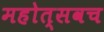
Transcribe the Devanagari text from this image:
महोत्सवच